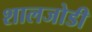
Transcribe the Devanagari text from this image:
शालजोडी